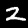
Label: 2